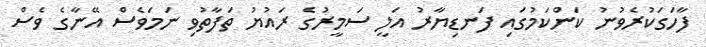
ފާހަގަކުރެވުނު ކަންކަމުގައި ފަނޑިޔާރު އަލީ ސަމީރުގެ ރައުޔު ތަފާތުވި ނަމަވެސް އޭނާގެ ވެސް